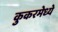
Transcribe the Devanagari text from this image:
कुकरमेध्ये